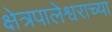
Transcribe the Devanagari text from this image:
क्षेत्रपालेश्वराच्या